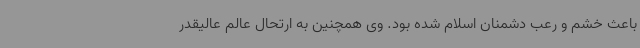
باعث خشم و رعب دشمنان اسلام شده بود. وی همچنین به ارتحال عالم عالیقدر